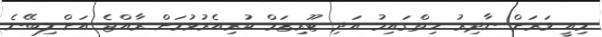
މިއީ ވަރަށް ނާދިރު ހިތްގައިމު އަދި ޓޫރިޒަމް ކުރިއެރުވުމަށް ރާއްޖެ އަށް ލިބޭނެ